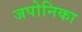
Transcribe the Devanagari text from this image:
जपोनिका